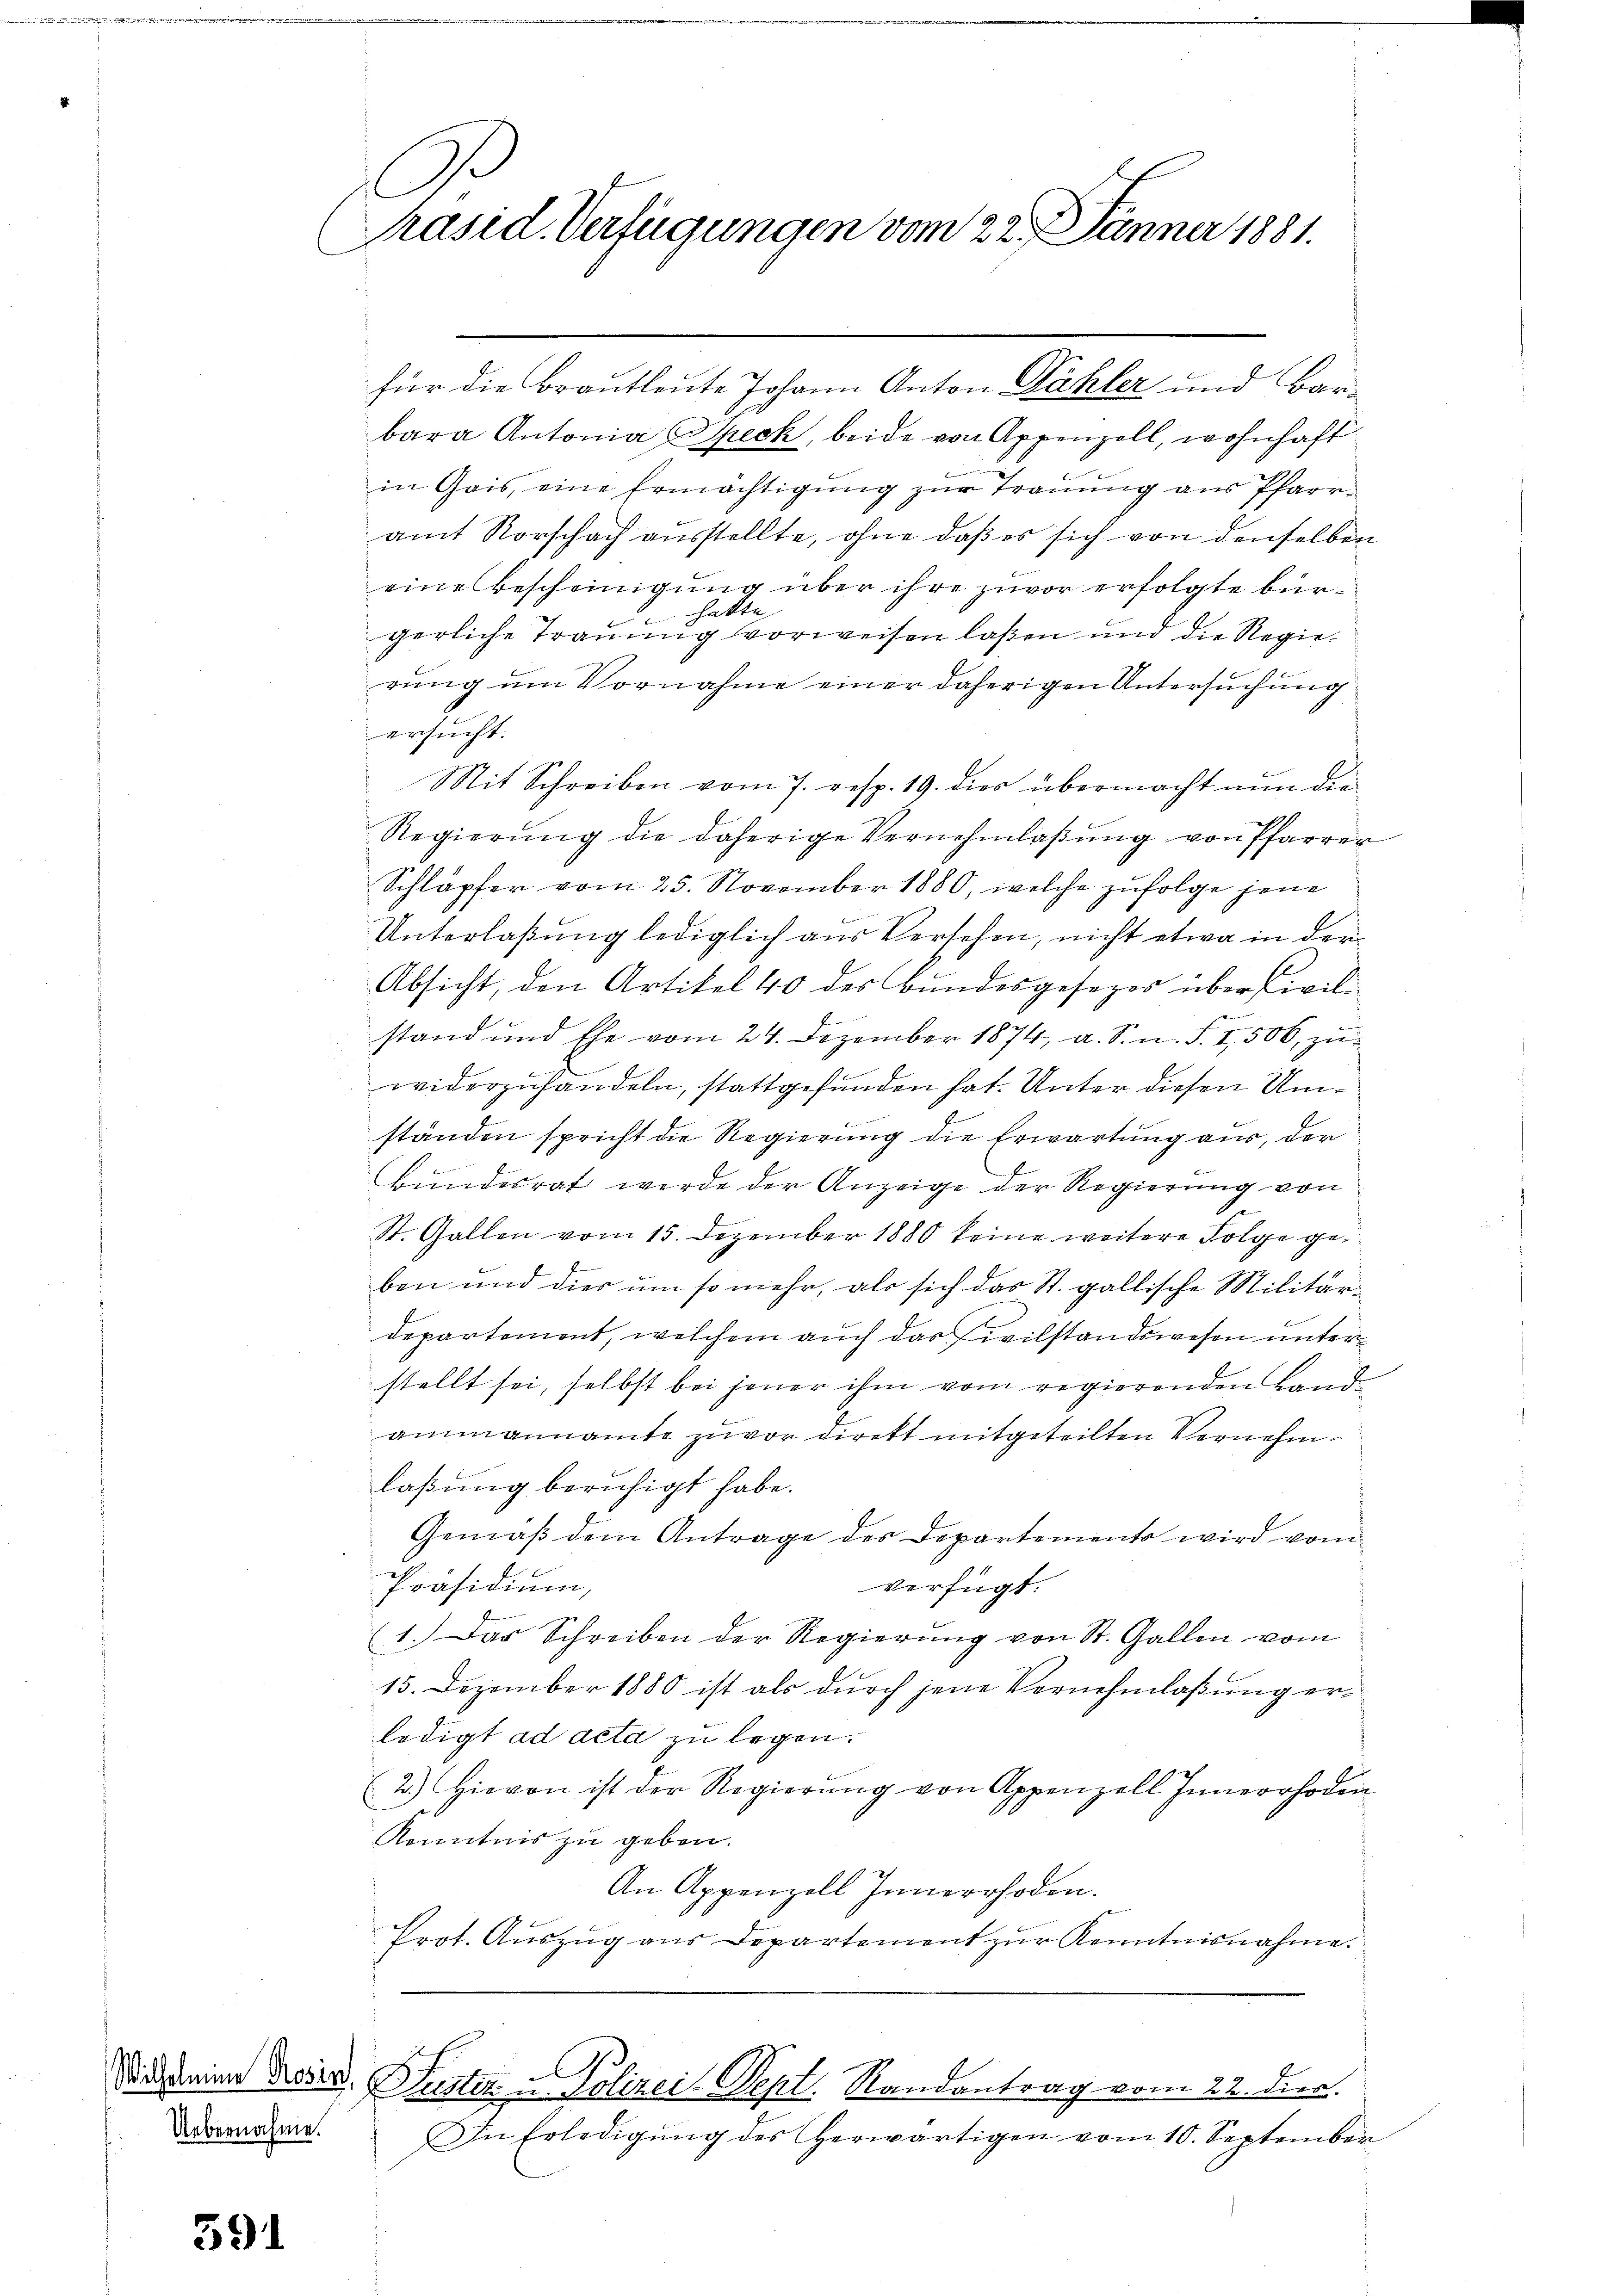
Uebernahme.

591

C
Präsid. Verfügungen vom 22. Jänner 1881.

für die Brautleute Johann Anton Dähler und Barbara Antonia Speck, beide von Appenzell, wohnhaft
in Gais, eine Ermächtigung zur Trauung aus Pfarr-
amt Vorschach ausstellte, ohne daß es sich von denselben
eine Bescheinigung über ihre zuvor erfolgte bürhatte
gerliche Traumig vorweisen laßen und die Regierung um Vornahme einer daherigen Untersuchung
ersucht.
Mit Schreiben vom 7. resp. 19. dies übermacht nun die
Regierŭng die daherige Vernehmlaβŭng von Pfarrer
Schläpfer vom 25. November 1880, welche zufolge jene
Unterlaßung lediglich aus Versehen, nicht etwa in der
Absicht, den Artikel 40 des Bundesgesezes über Civilstand und Ehe vom 24. Dezember 1874, a. S. u. S. 7506, zuwiderzuhandeln, stattgefunden hat. Unter diesen Umständen spricht die Regierung die Erwartung aus, der
Bundesrat werde der Anzeige der Regierung von
St. Gallen vom 15. Dezember 1880 keine weitere Folge geben und dies um so mehr, als sich das St. gallische Militärdepartement, welchem auch das Civilstandswesen unterstellt sei, selbst bei jener ihm vom regierenden Land
ammannamte zuvor direkt mitgeteilten Vernehmlaßung beruhigt habe.
Gemäß dem Antrage des Departemento wird vom
Präsidium,
verfügt:
(1. Das Schreiben der Regierung von St. Gallen vom
15. Dezember 1880 ist als durch jene Vernehmlaßung erledigt ad acta zu legen.
(2.) Hievon ist der Regierŭng von Appenzell Innerrhoden
Kenntnis zu geben.
An Appenzell Innerrhoden.
Prot. Aŭszŭg aŭs Departement zŭr Kenntnisnahme.

.
Sitamine Reser Justiz u. Polizei Sept. Randantrag vom 22. dies.

In Erledigŭng des herwärtigen vom 10. September